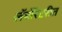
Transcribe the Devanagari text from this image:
लॅबॉरेटरीत